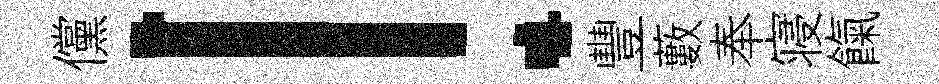
儻！豐藪奉寝餼